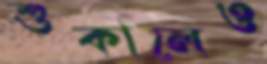
শুকালেও